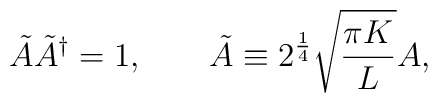
\tilde A \tilde A^\dagger =1, \qquad\tilde A \equiv 2^{1 \over 4}\sqrt{\pi K \over L}A ,